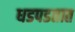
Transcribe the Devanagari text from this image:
धडपडतात